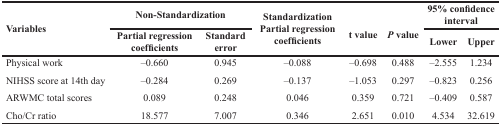
<table><thead><tr><td rowspan="2"><b>Variables</b></td><td colspan="2"><b>Non-Standardization</b></td><td rowspan="2"><b>Standardization Partial regression coefficients</b></td><td rowspan="2"><b>t value</b></td><td rowspan="2"><b><i>P</i> value</b></td><td colspan="2"><b>95% confidence interval</b></td></tr><tr><td><b>Partial regression coefficients</b></td><td><b>Standard error</b></td><td><b>Lower</b></td><td><b>Upper</b></td></tr></thead><tbody><tr><td>Physical work</td><td>–0.660</td><td>0.945</td><td>–0.088</td><td>–0.698</td><td>0.488</td><td>–2.555</td><td>1.234</td></tr><tr><td>NIHSS score at 14th day</td><td>–0.284</td><td>0.269</td><td>–0.137</td><td>–1.053</td><td>0.297</td><td>–0.823</td><td>0.256</td></tr><tr><td>ARWMC total scores</td><td>0.089</td><td>0.248</td><td>0.046</td><td>0.359</td><td>0.721</td><td>–0.409</td><td>0.587</td></tr><tr><td>Cho/Cr ratio</td><td>18.577</td><td>7.007</td><td>0.346</td><td>2.651</td><td>0.010</td><td>4.534</td><td>32.619</td></tr></tbody></table>